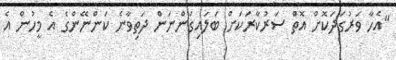
"އެހާ ވަރުގަދަކޮށް އޮތް ސަރުކާރަކަށް ބަލައިގަންނަން ދަތިވާނެ ކަންނޭންގެ އެ މީހުން އެ